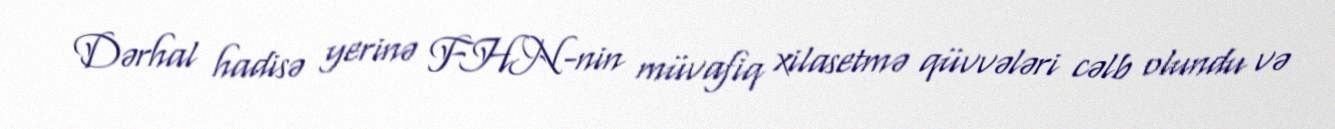
Dərhal hadisə yerinə FHN-nin müvafiq xilasetmə qüvvələri cəlb olundu və